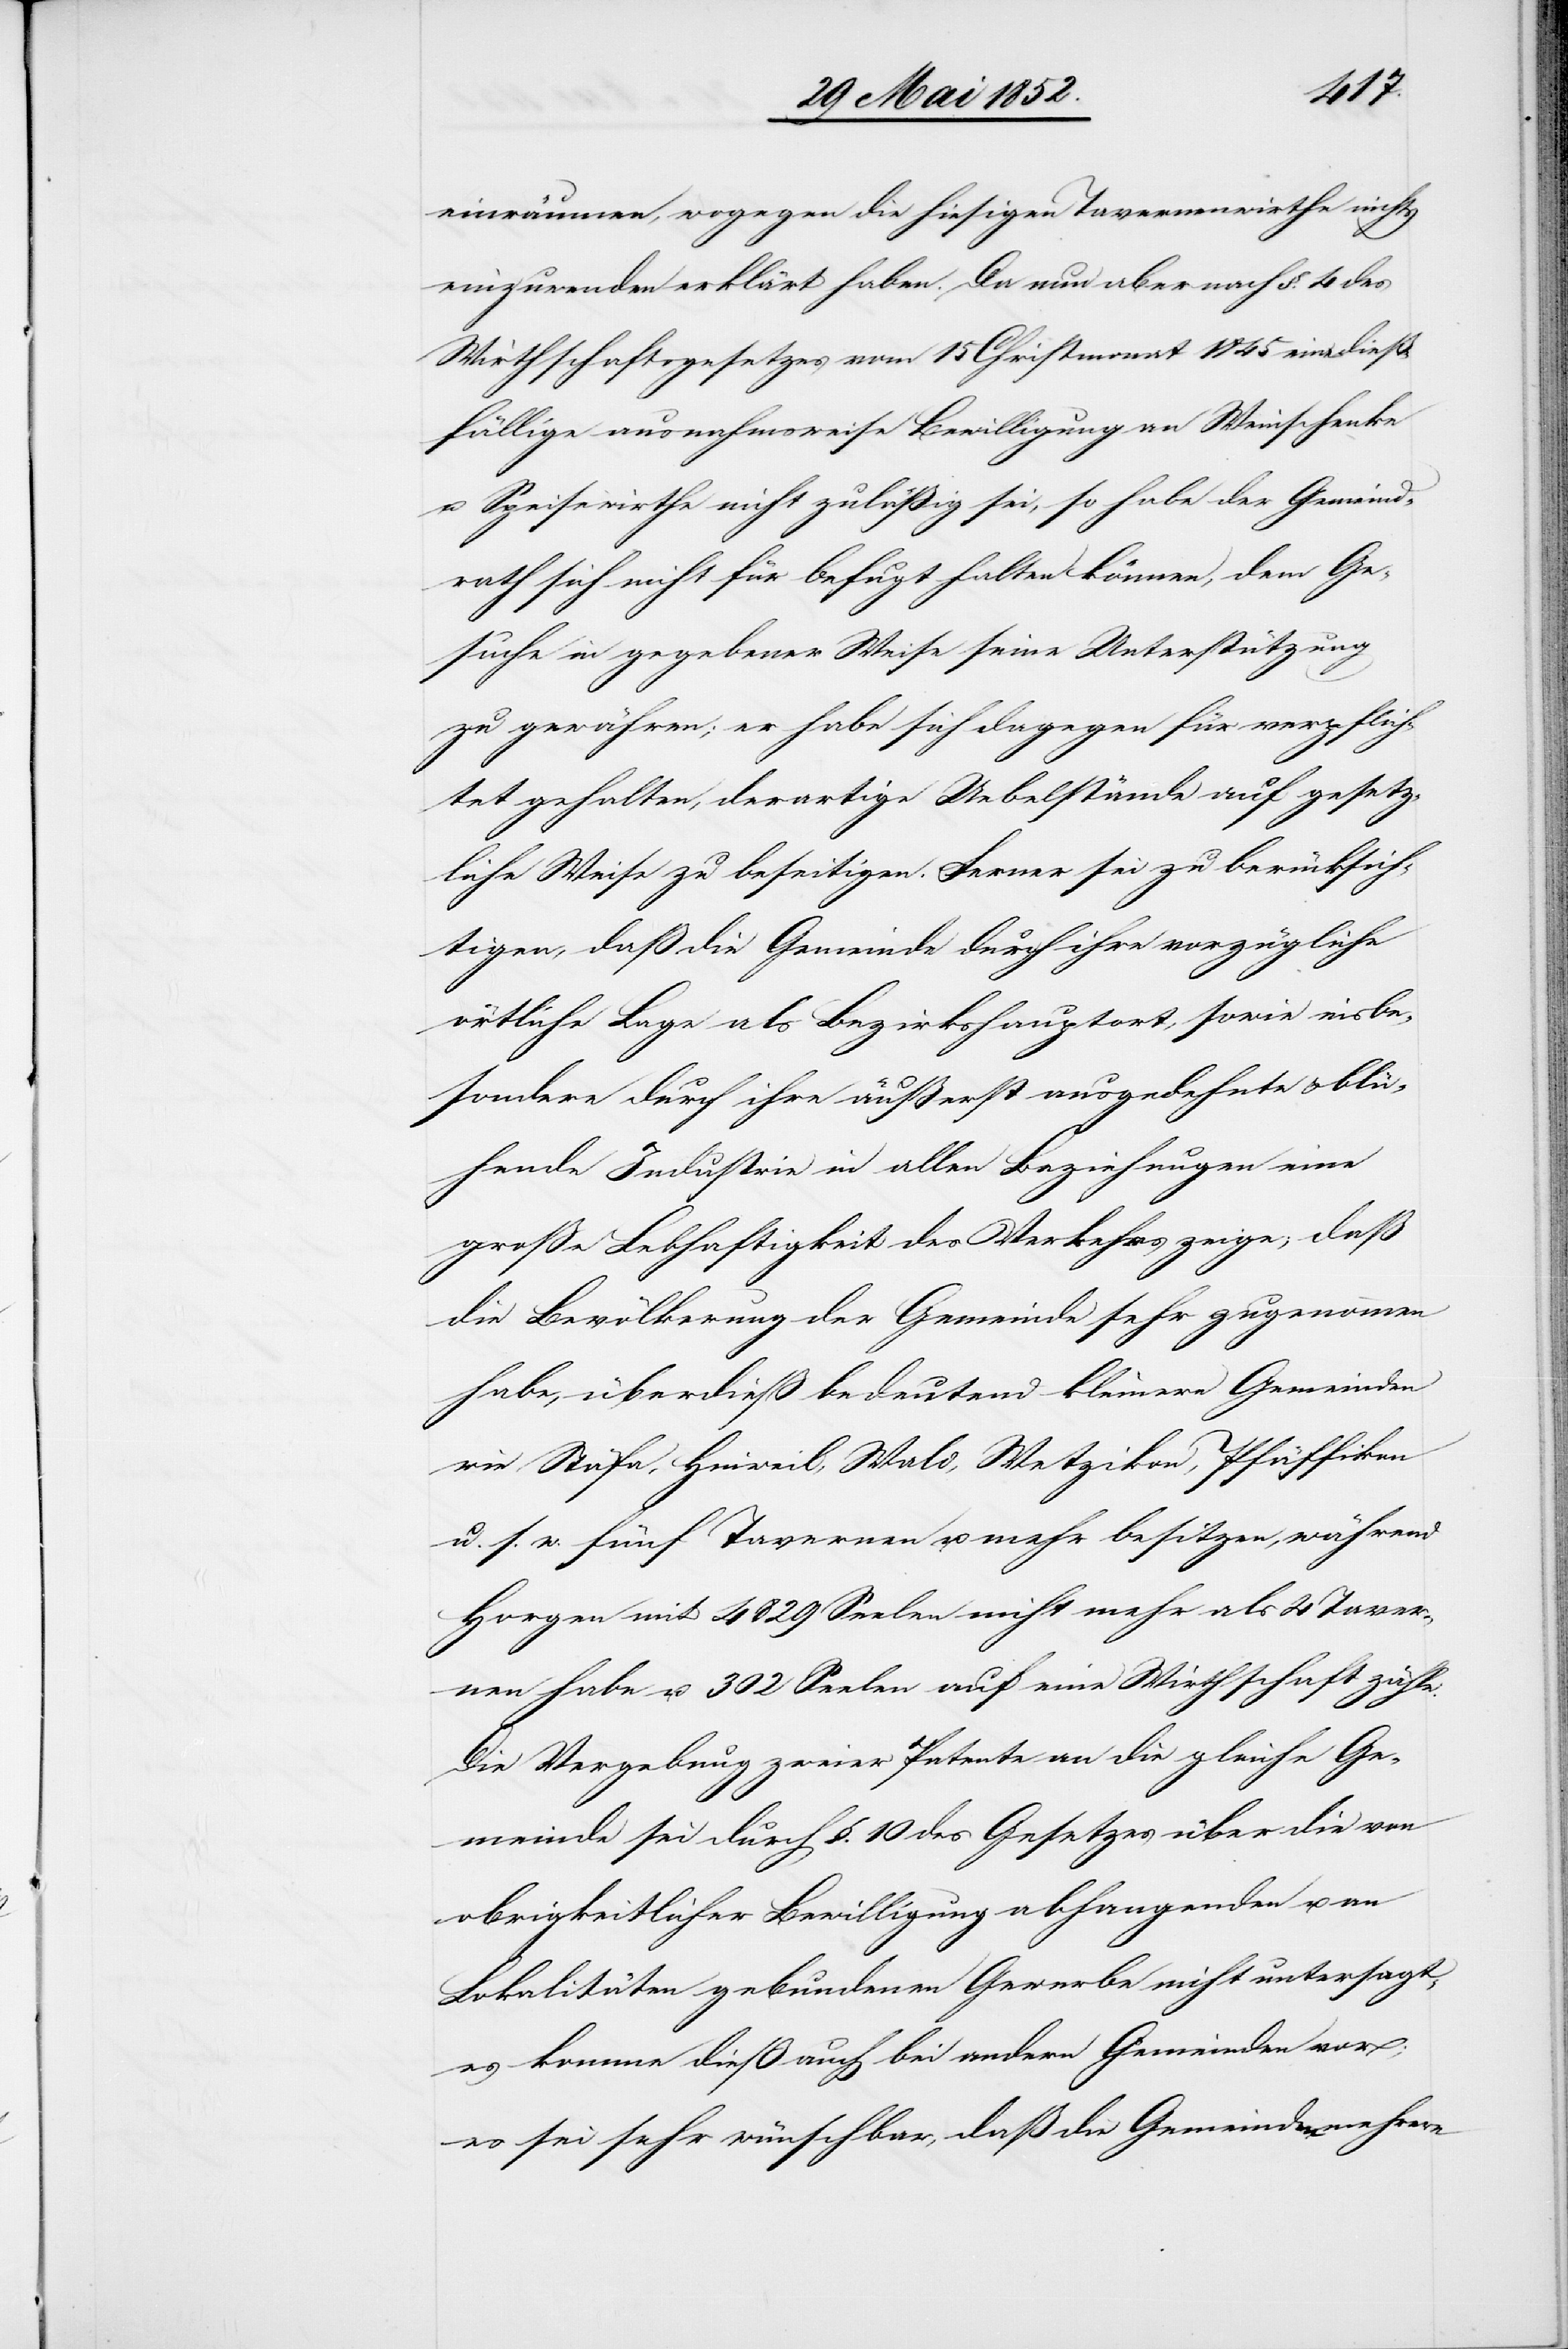
einräumen, wogegen die hiesigen Tavernenwirthe nichts
einzuwenden erklärt haben. Da nun aber nach §. 4 des
Wirthschaftsgesetzes vom 15 Christmonat 1845 eine dieß¬
fällige ausnahmsweise Bewilligung an Weinschenke
u. Speisewirthe nicht zuläßig sei, so habe der Gemeind¬
rath sich nicht für befugt halten können, dem Ge¬
suche in gegebener Weise seine Unterstützung
zu gewähren; er habe sich dagegen für verpflich¬
tet gehalten, derartige Uebelstände auf gesetz¬
liche Weise zu beseitigen. Ferner sei zu berücksich¬
tigen, daß die Gemeinde durch ihre vorzügliche
örtliche Lage als Bezirkshauptort, sowie insbe¬
sondere durch ihre äußerst ausgedehnte & blü¬
hende Industrie in allen Beziehungen eine
große Lebhaftigkeit des Verkehrs zeige, daß
die Bevölkerung der Gemeinde sehr zugenommen
habe, überdieß bedeutend kleinere Gemeinden
wie Stäfa, Hinweil, Wald, Wetzikon, Pfäffikon
u. s. w. fünf Tavernen u. mehr besitzen, während
Horgen mit 4829 Seelen nicht mehr als 4 Taver¬
nen habe u. 302 Seelen auf eine Wirthschaft zähle.
Die Vergebung zweier Patente an die gleiche Ge¬
meinde sei durch §. 10 des Gesetzes über die von
obrigkeitlicher Bewilligung abhangenden u. an
Lokalitäten gebundenen Gewerbe nicht untersagt,
es komme dieß auch bei andern Gemeinden vor;
es sei sehr wünschbar, daß die Gemeinden mehrere